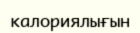
калориялығын